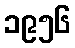
၁၉၅၆